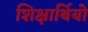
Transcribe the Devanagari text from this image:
शिक्षार्थियो